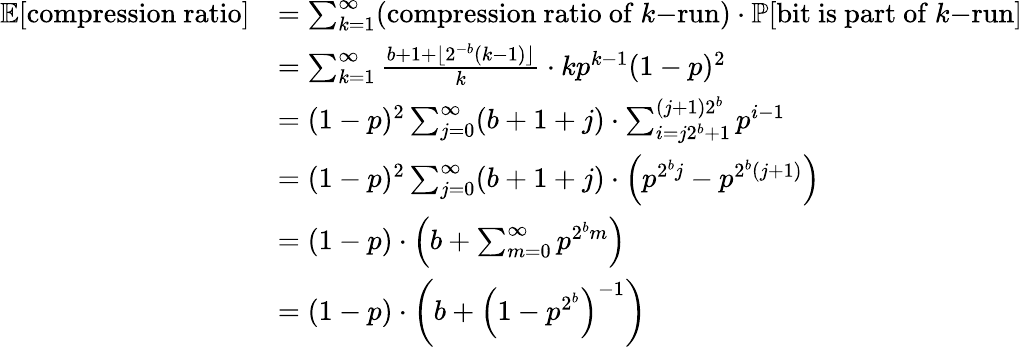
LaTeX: {\begin{array}{rl}{\mathbb{E}[{\mathrm{compression~ratio}}]}&{=\sum_{k=1}^{\infty}({\mathrm{compression~ratio~of~}}k{\mathrm{-run}})\cdot\mathbb{P}[{\mathrm{bit~is~part~of~}}k{\mathrm{-run}}]}\\ &{=\sum_{k=1}^{\infty}{\frac{b+1+\lfloor 2^{-b}(k-1)\rfloor}{k}}\cdot kp^{k-1}(1-p)^{2}}\\ &{=(1-p)^{2}\sum_{j=0}^{\infty}(b+1+j)\cdot\sum_{i=j2^{b}+1}^{(j+1)2^{b}}p^{i-1}}\\ &{=(1-p)^{2}\sum_{j=0}^{\infty}(b+1+j)\cdot\left(p^{2^{b}j}-p^{2^{b}(j+1)}\right)}\\ &{=(1-p)\cdot\left(b+\sum_{m=0}^{\infty}p^{2^{b}m}\right)}\\ &{=(1-p)\cdot\left(b+{\left(1-p^{2^{b}}\right)}^{-1}\right)}\end{array}}